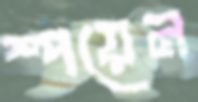
স্পয়েন